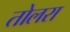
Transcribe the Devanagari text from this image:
तोलरा